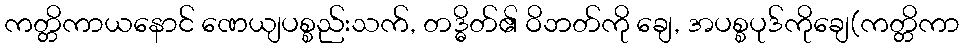
ကတ္တိကာယနောင် ဏေယျပစ္စည်းသက်, တဒ္ဓိတ်၏ ဝိဘတ်ကို ချေ, အပစ္စပုဒ်ကိုချေ(ကတ္တိကာ